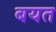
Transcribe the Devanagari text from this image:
बयत